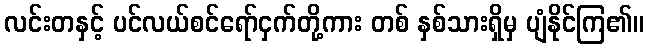
လင်းတနှင့် ပင်လယ်စင်ရော်ငှက်တို့ကား တစ် နှစ်သားရှိမှ ပျံနိုင်ကြ၏။